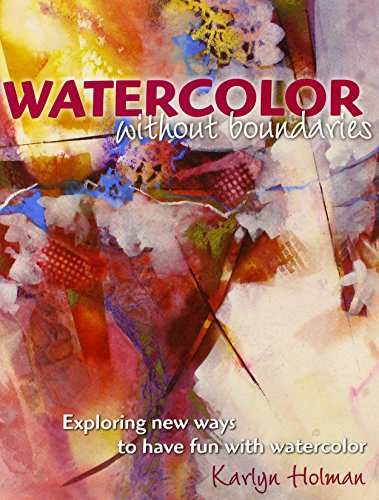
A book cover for Watercolor Without Boundaries: Exploring Ways to Have Fun with Watercolor; Karlyn Holman; Arts & Photography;